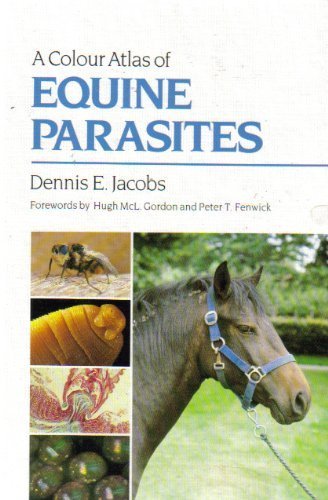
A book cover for A Colour Atlas of Equine Parasites; Dennis Jacobs; Medical Books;